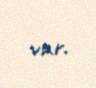
var.